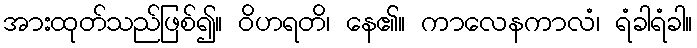
အားထုတ်သည်ဖြစ်၍။ ဝိဟရတိ၊ နေ၏။ ကာလေနကာလံ၊ ရံခါရံခါ။